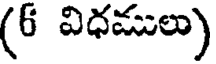
(6 విధములు)